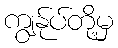
ကျွန်ုပ်တို့မှ